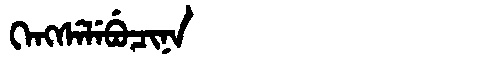
Manchu: ᡴᡝᠩᠰᡝᠯᡝᠪᡠᠴᡳᠨᠠ
Romanization: KENGSELEBUCINA